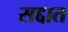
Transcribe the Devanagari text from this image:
सद्दात